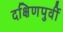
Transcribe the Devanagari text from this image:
दक्षिणपुर्वी